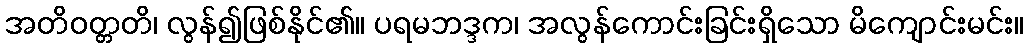
အတိဝတ္တတိ၊ လွန်၍ဖြစ်နိုင်၏။ ပရမဘဒ္ဒက၊ အလွန်ကောင်းခြင်းရှိသော မိကျောင်းမင်း။